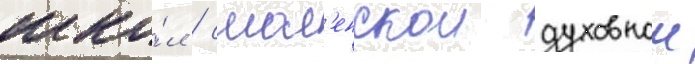
шко́л / смол'енскои духовнои